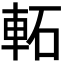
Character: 𨋓